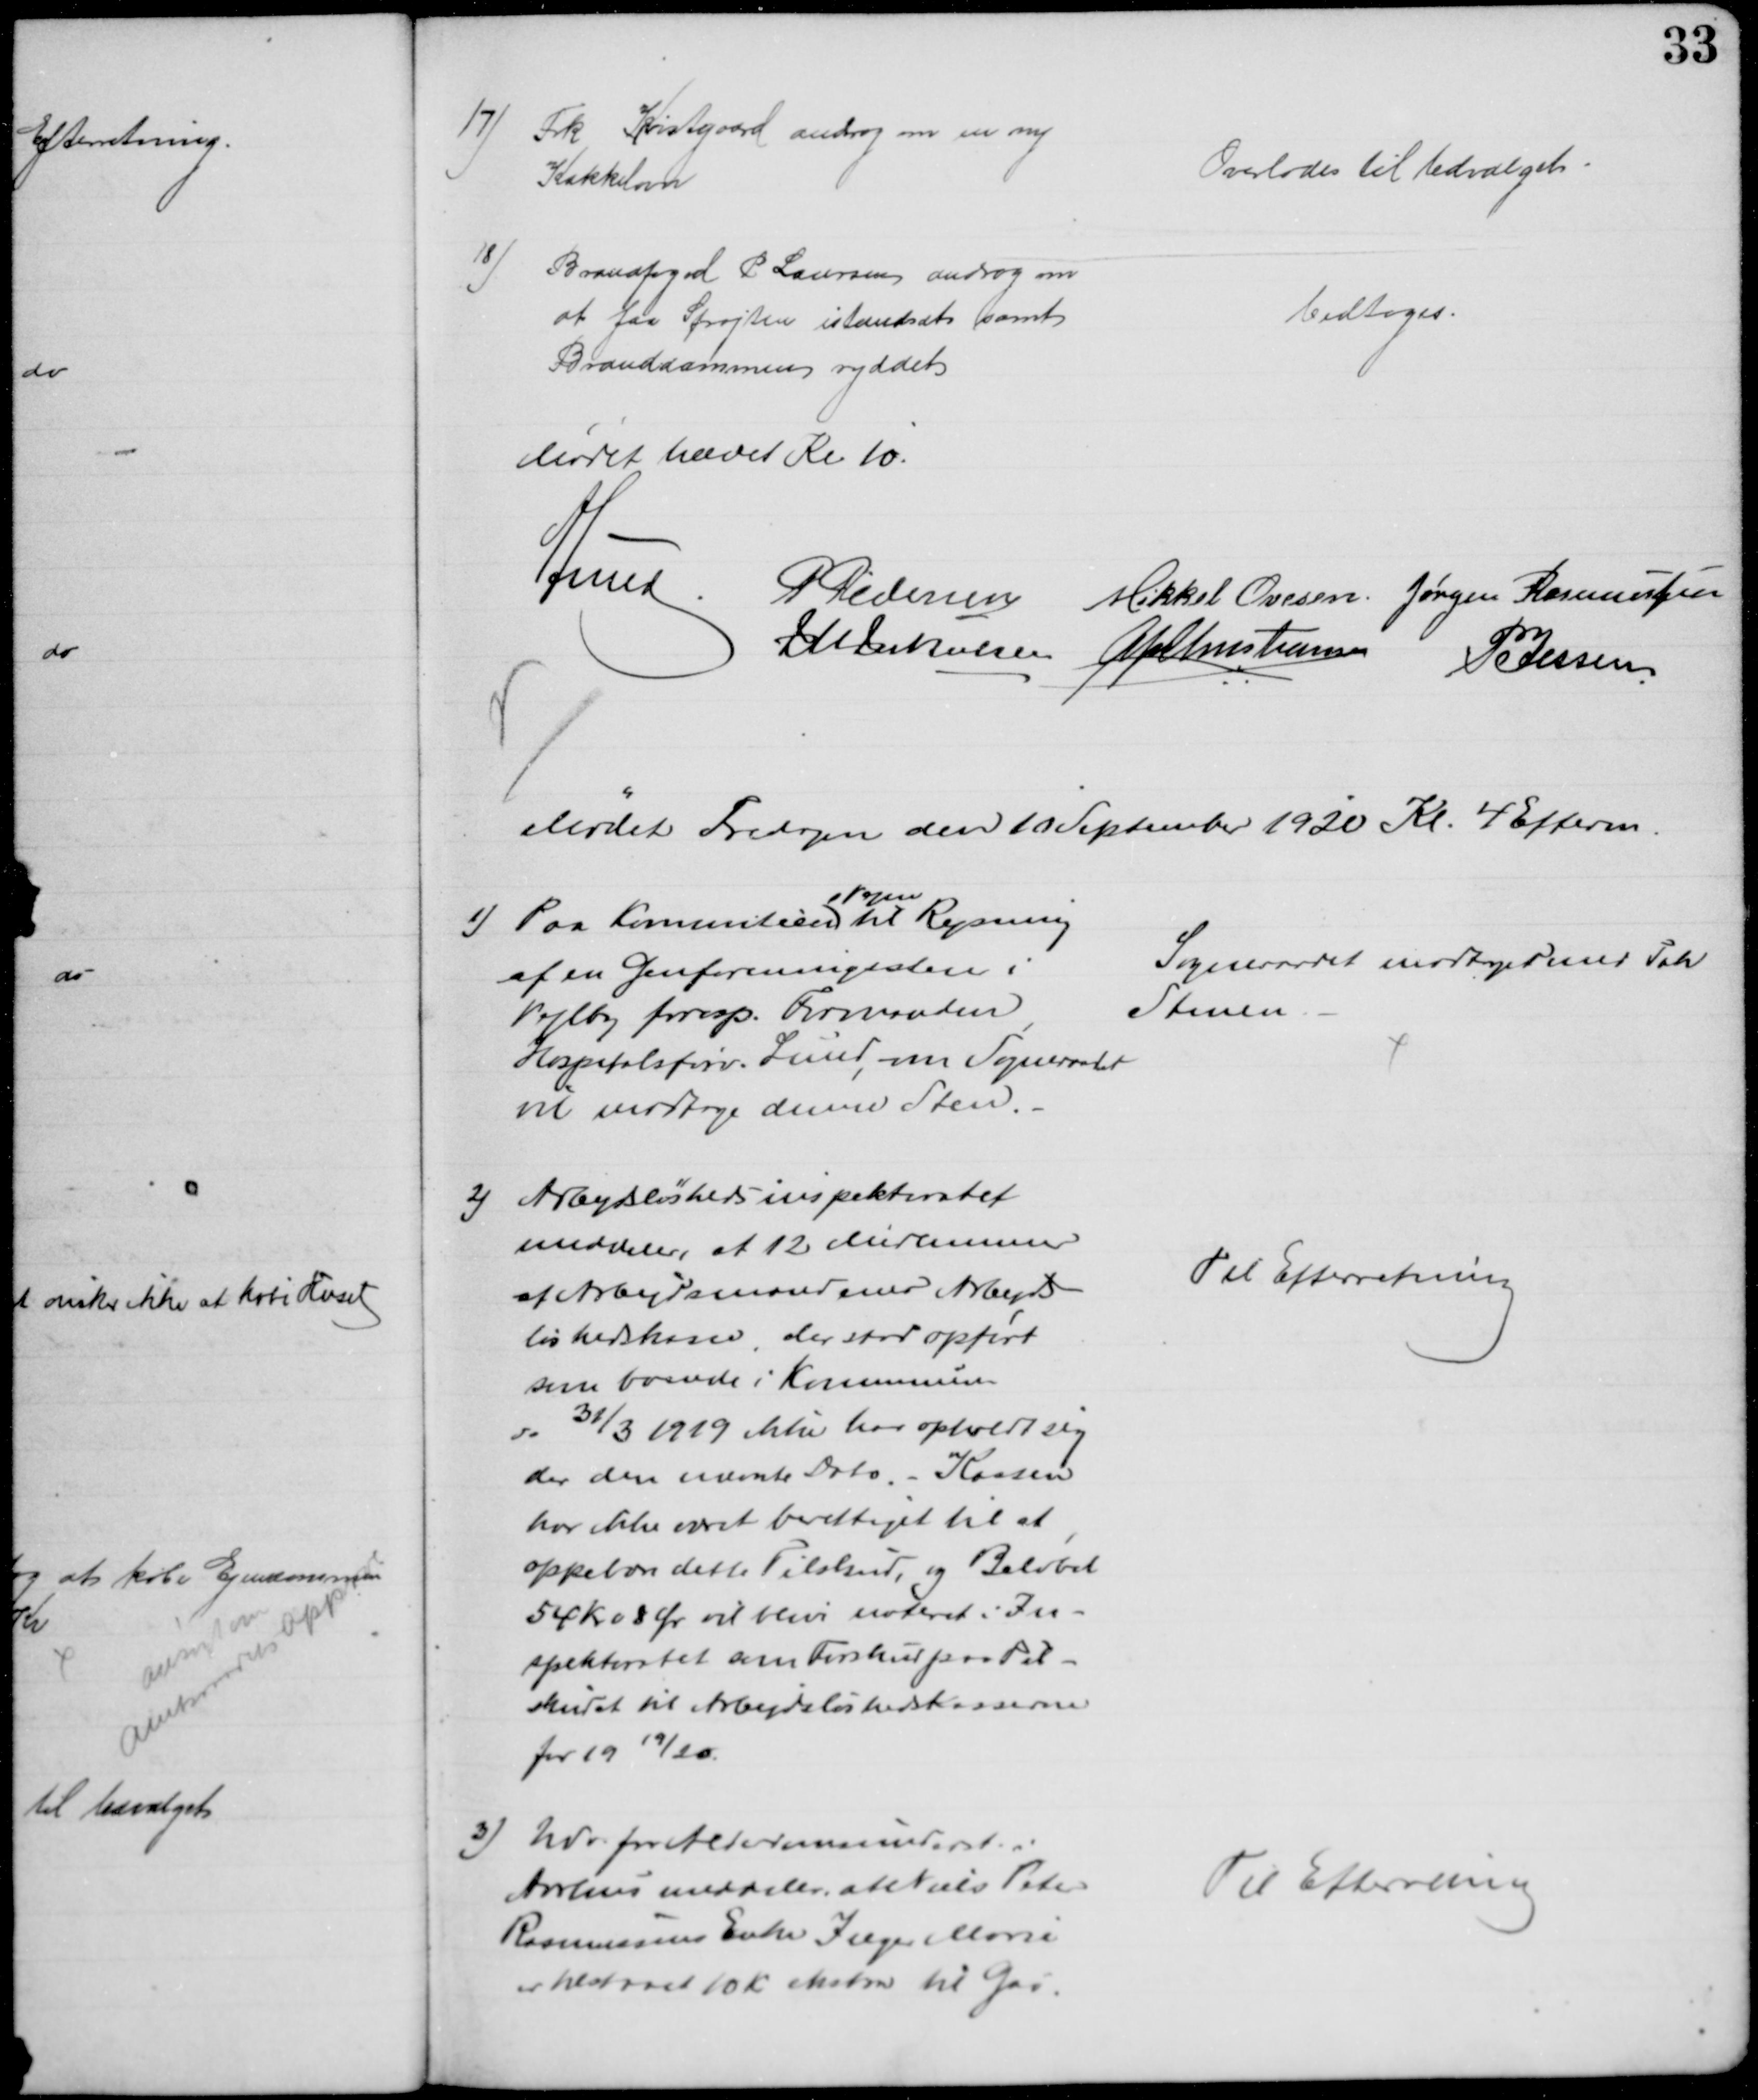
Transskription:
17) Frk Kvistgaard androg om en ny
Kakkelovn
Overlodes til Udvalget
18) Brandfoged P Laursen androg om
at faa Sprøjten istandsat samt
Branddammen ryddet
Vedtoges
Mødet hævet Kl 10.
A Lund. P Pedersen
Mikkel Ovesen Jørgen Rasmussen
J M Jakobsen
A P Christiansen
P Jessen
Mødet Fredagen den 10 September 1920 Kl. 4 Efterm.
1) Paa Kommiteen 
s Vegne
til Rejsning
af en Genforeningssten i
Vejlby foresp. Formanden
Hospitalsforv. Lund, om Sogneraadet
vil modtage denne Sten.
Sogneraadet modtager med Tak
Stenen
2) Arbedsløshedsinspektoratet
meddeler, at 12 Medlemmer
af Arbejdsmændenes Arbejds
løshedskasse, der stod opført
som boende i Kommunen
d. 31/3 1919 ikke har opholdt sig 
der den nævnte Dato. - Kassen
har ikke været berettiget til at 
oppebære dette Tilskud, og Beløbet
54 Kr 08 Ør vil blive noteret i In-
spektoratet som Forskud paa Til-
skudet til Arbejdsløshedskasserne
for 1919/20.
Til Efterretning
3) Udv for Alderdomsunderst. i
Aarhus meddeler, at Niels Peter
Rasmussens Enke Inger Marie
er tilstaaet 10 Kr ekstra til Gas.
Til Efterretning